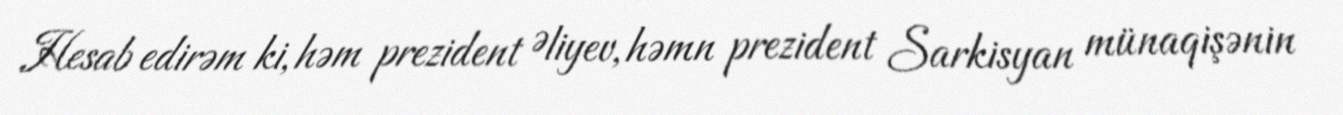
Hesab edirəm ki, həm prezident Əliyev, həmn prezident Sarkisyan münaqişənin